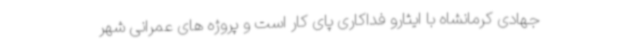
جهادی کرمانشاه با ایثارو فداکاری پای کار است و پروژه های عمرانی شهر